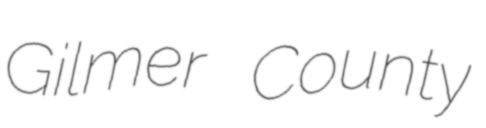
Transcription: Gilmer County